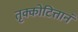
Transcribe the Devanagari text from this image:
तृक्कोटित्तानं